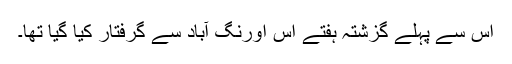
اس سے پہلے گزشتہ ہفتے اس اورنگ آباد سے گرفتار کیا گیا تھا۔